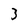
Character: 3